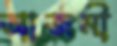
আজমী